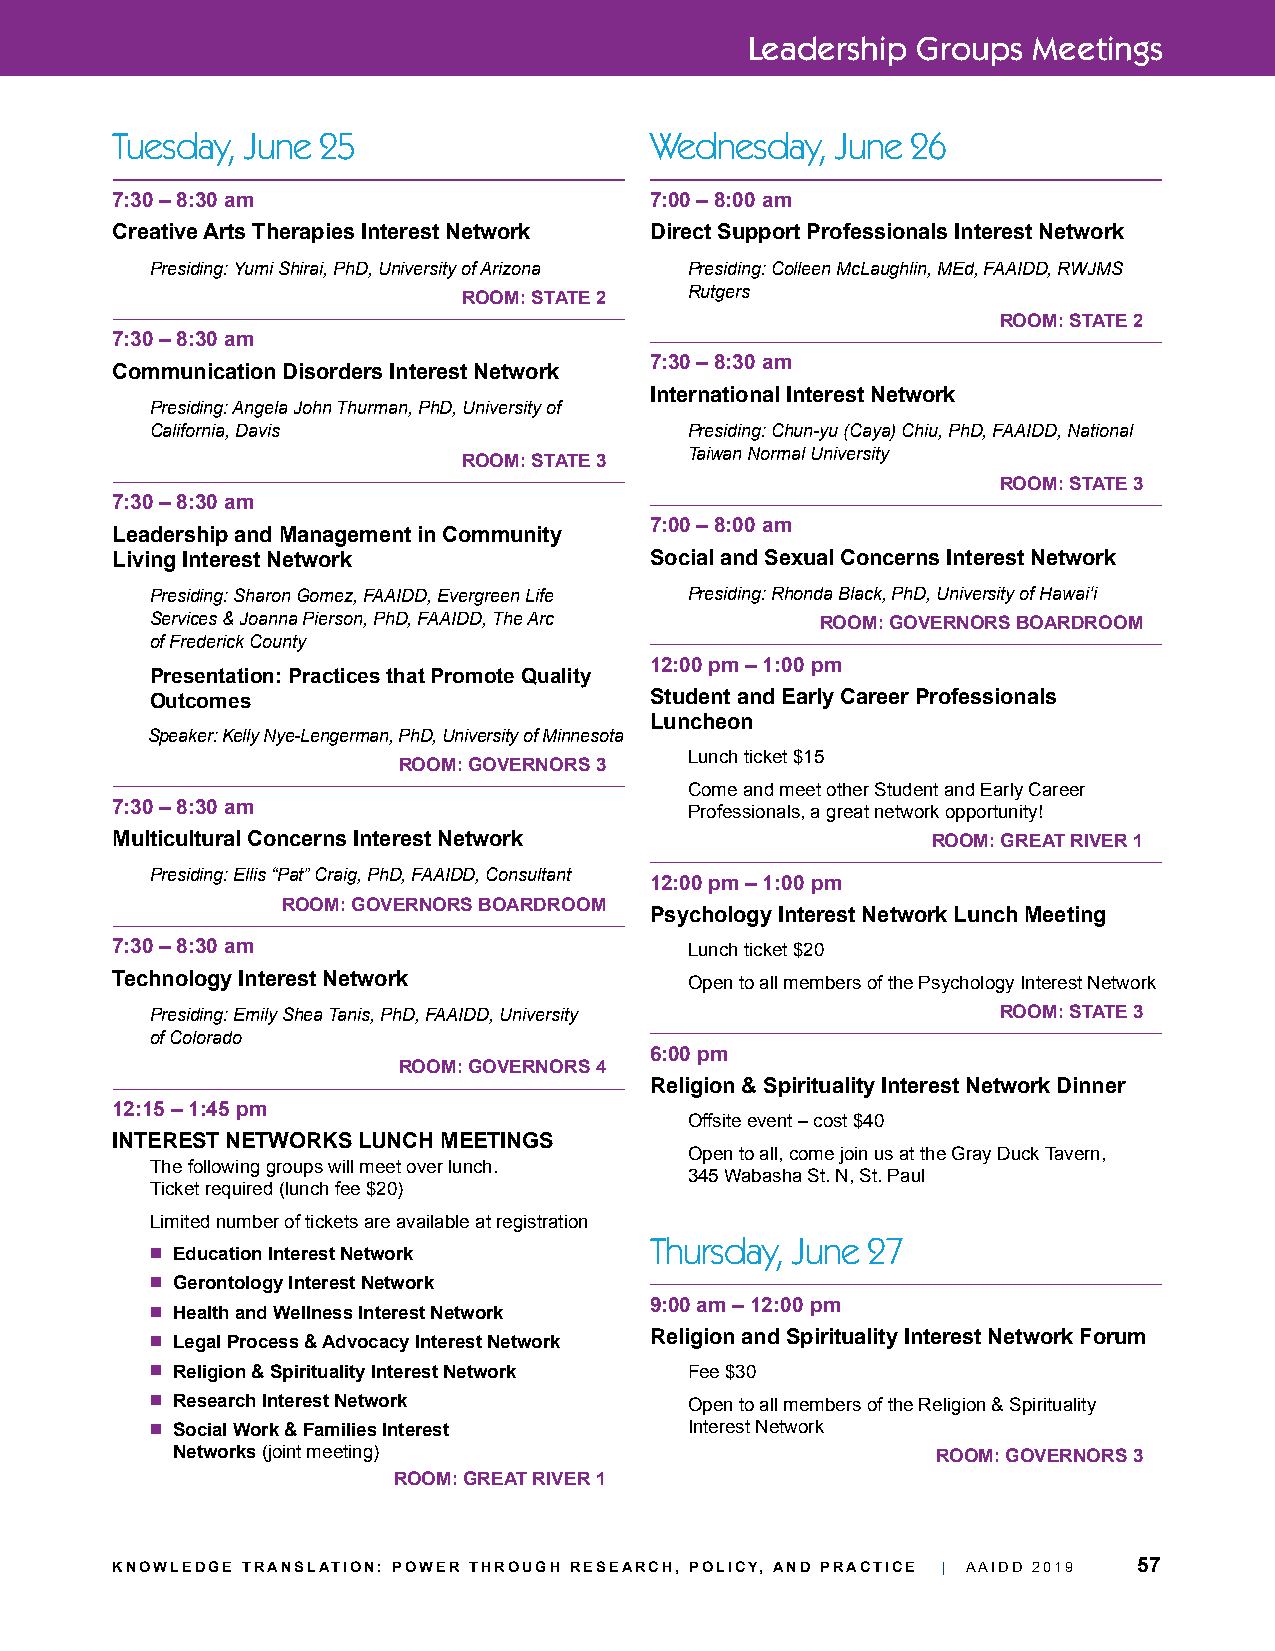
Leadership  Groups Meetings
 Tuesday, June 25                    Wednesday,  June 26
 7:30 – 8:30 am                      7:00 – 8:00 am
 Creative Arts Therapies Interest Network Direct Support Professionals Interest Network
 Presiding: Yumi Shirai, PhD, University of Arizona Presiding: Colleen McLaughlin, MEd, FAAIDD, RWJMS
 Rutgers
 ROOM: STATE 2
 ROOM: STATE 2
 7:30 – 8:30 am
 7:30 – 8:30 am
 Communication Disorders Interest Network
 International Interest Network
 Presiding: Angela John Thurman, PhD, University of
 California, Davis                   Presiding: Chun-yu (Caya) Chiu, PhD, FAAIDD, National
 Taiwan Normal University
 ROOM: STATE 3
 ROOM: STATE 3
 7:30 – 8:30 am
 7:00 – 8:00 am
 Leadership and Management in Community
 Living Interest Network             Social and Sexual Concerns Interest Network
 Presiding: Sharon Gomez, FAAIDD, Evergreen Life Presiding: Rhonda Black, PhD, University of Hawai‘i
 Services & Joanna Pierson, PhD, FAAIDD, The Arc ROOM: GOVERNORS BOARDROOM
 of Frederick County
 12:00 pm – 1:00 pm
 Presentation: Practices that Promote Quality
 Outcomes                         Student and Early Career Professionals
 Luncheon
 Speaker: Kelly Nye-Lengerman, PhD, University of Minnesota
 ROOM: GOVERNORS 3   Lunch ticket $15
 Come and meet other Student and Early Career
 7:30 – 8:30 am
 Professionals, a great network opportunity!
 Multicultural Concerns Interest Network                ROOM: GREAT RIVER 1
 Presiding: Ellis “Pat” Craig, PhD, FAAIDD, Consultant
 12:00 pm – 1:00 pm
 ROOM: GOVERNORS BOARDROOM
 Psychology Interest Network Lunch Meeting
 7:30 – 8:30 am
 Lunch ticket $20
 Technology Interest Network
 Open to all members of the Psychology Interest Network
 Presiding: Emily Shea Tanis, PhD, FAAIDD, University    ROOM: STATE 3
 of Colorado
 6:00 pm
 ROOM: GOVERNORS 4
 Religion & Spirituality Interest Network Dinner
 12:15 – 1:45 pm
 Offsite event – cost $40
 INTEREST NETWORKS LUNCH MEETINGS
 Open to all, come join us at the Gray Duck Tavern,
 The following groups will meet over lunch.
 345 Wabasha St. N, St. Paul
 Ticket required (lunch fee $20)
 Limited number of tickets are available at registration
 Thursday, June 27
 n Education Interest Network
 n Gerontology Interest Network
 9:00 am – 12:00 pm
 n Health and Wellness Interest Network
 Religion and Spirituality Interest Network Forum
 n Legal Process & Advocacy Interest Network
 n Religion & Spirituality Interest Network Fee $30
 n Research Interest Network         Open to all members of the Religion & Spirituality
 n Social Work & Families Interest   Interest Network
 Networks (joint meeting)                           ROOM: GOVERNORS 3
 ROOM: GREAT RIVER 1
 KNOWLEDGE TRANSLATION: POWER THROUGH RESEARCH, POLICY, AND PRACTICE | AAIDD 2019 57